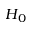
H _ { 0 }